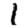
Digit: 1